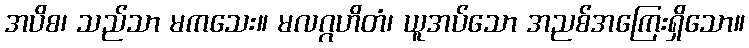
အပိစ၊ သည်သာ မကသေး။ မလဂ္ဂဟိတံ၊ ယူအပ်သော အညစ်အကြေးရှိသော။